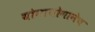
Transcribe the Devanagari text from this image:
योगायोगानेच